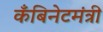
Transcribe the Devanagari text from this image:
कँबिनेटमंत्री